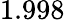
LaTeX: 1.998